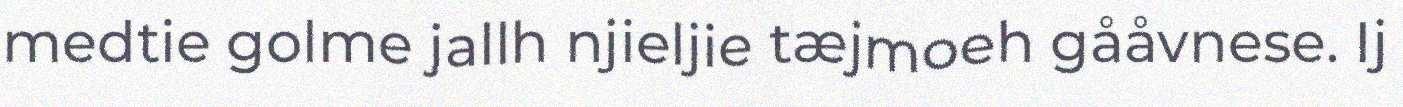
medtie golme jallh njieljie tæjmoeh gååvnese. Ij